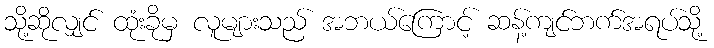
သို့ဆိုလျှင် ထုံးခိုမှ လူများသည် အဘယ်ကြောင့် ဆန့်ကျင်ဘက်အရပ်သို့